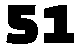
51